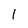
Character: 1